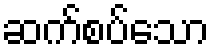
ဆက်စပ်သော